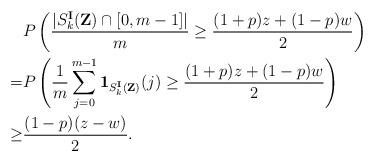
LaTeX: \begin{align*}&P\left(\frac{|S_k^\mathbf{I}(\mathbf{Z})\cap[0,m-1]|}{m}\geq \frac{(1+p)z+(1-p)w}{2}\right)\\ =&P\left(\frac{1}{m}\sum_{j=0}^{m-1}\mathbf{1}_{S_k^\mathbf{I}(\mathbf{Z})}(j)\geq\frac{(1+p)z+(1-p)w}{2}\right)\\ \geq &\frac{(1-p)(z-w)}{2}.\end{align*}